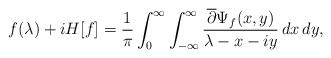
LaTeX: \begin{align*}f(\lambda) + iH[f] = \frac{1}{\pi}\int_0^\infty \int_{-\infty}^\infty \frac{\overline{\partial} \Psi_f(x,y)}{\lambda - x - iy}\,dx\,dy,\end{align*}